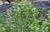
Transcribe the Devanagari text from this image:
६३५६